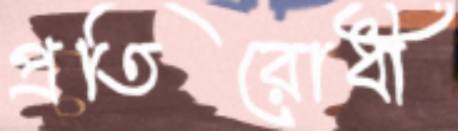
প্রতিরোধী